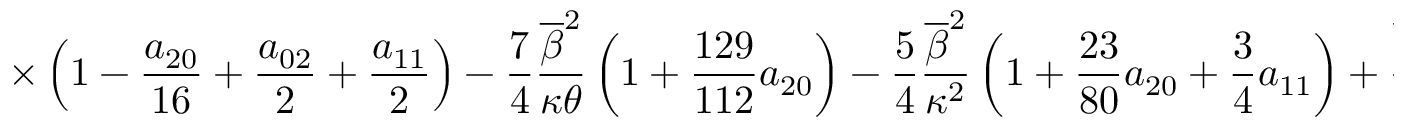
\displaystyle { \times \left( 1 - \frac { a _ { 2 0 } } { 1 6 } + \frac { a _ { 0 2 } } { 2 } + \frac { a _ { 1 1 } } { 2 } \right) - \frac { 7 } { 4 } \frac { \overline { { \beta } } ^ { 2 } } { \kappa \theta } \left( 1 + \frac { 1 2 9 } { 1 1 2 } a _ { 2 0 } \right) - \frac { 5 } { 4 } \frac { \overline { { \beta } } ^ { 2 } } { \kappa ^ { 2 } } \left( 1 + \frac { 2 3 } { 8 0 } a _ { 2 0 } + \frac { 3 } { 4 } a _ { 1 1 } \right) + \frac { \overline { { \beta } } ^ { 2 } } { \kappa \theta } \left[ 2 \overline { { \alpha } } ( 1 - \overline { { \alpha } } ) + 3 \overline { { \beta } } ( 1 - \overline { { \beta } } ) \right] }